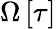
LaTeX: \Omega\left[\tau\right]